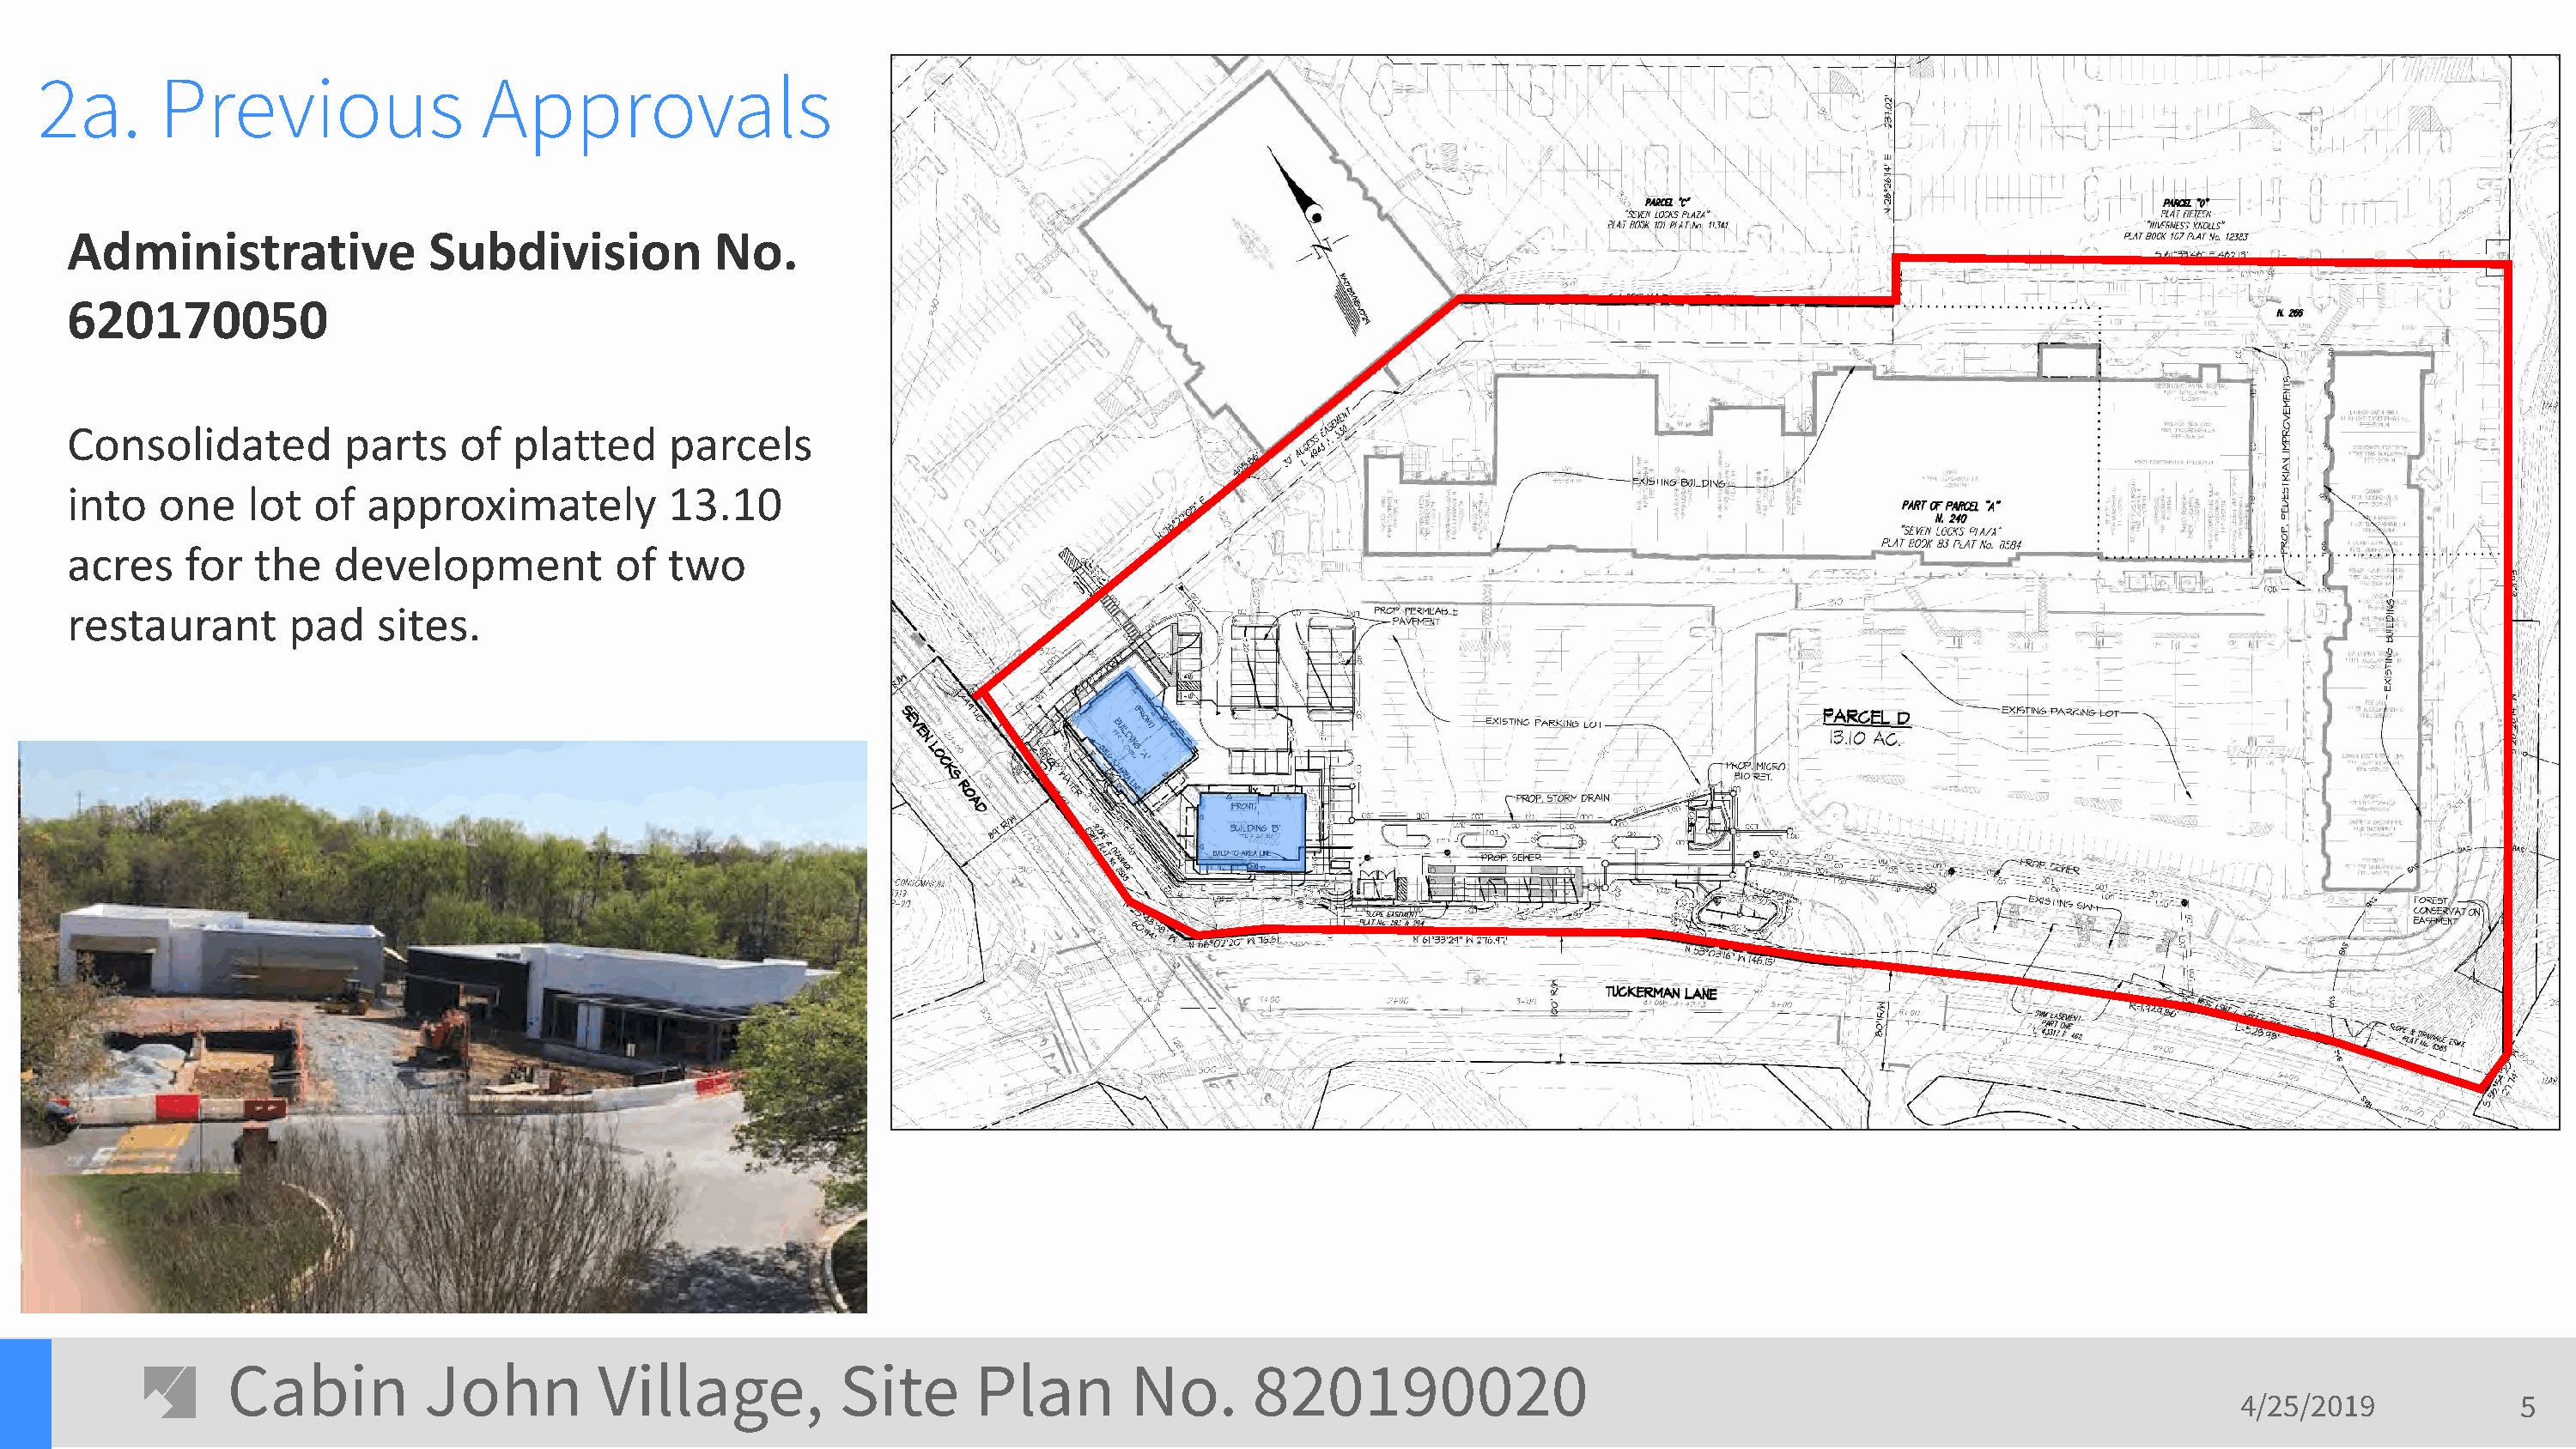
2a.      Previous                 Approvals
 Administrative              Subdivision           No.
 620170050
 Consolidated          parts   of   platted     parcels
 into   one    lot  of  approximately           13.10
 acres    for   the   development          of  two
 restaurant       pad    sites.
 Cabin          John         Village,           Site      Plan        No.       820190020
 4/25/2019            5